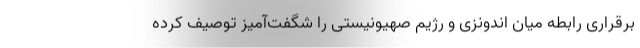
برقراری رابطه میان اندونزی و رژیم صهیونیستی را شگفت‌آمیز توصیف کرده